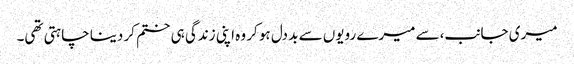
میری جانب،سے میرے رویوں سے بد دل ہو کر وہ اپنی زندگی ہی ختم کر دینا چاہتی تھی۔